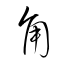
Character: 角